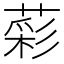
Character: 𦹮